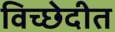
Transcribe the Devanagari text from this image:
विच्छेदीत